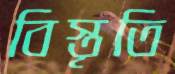
বিস্তৃতি